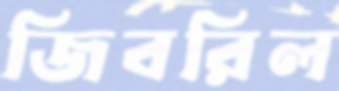
জিবরিল